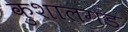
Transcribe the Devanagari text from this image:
कुशालगड